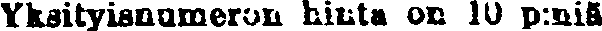
Yksityisnumeron hinta on 10 p:niä